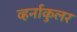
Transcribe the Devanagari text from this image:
व्हर्नाकुलर